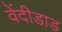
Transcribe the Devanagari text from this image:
वेंदीडाड